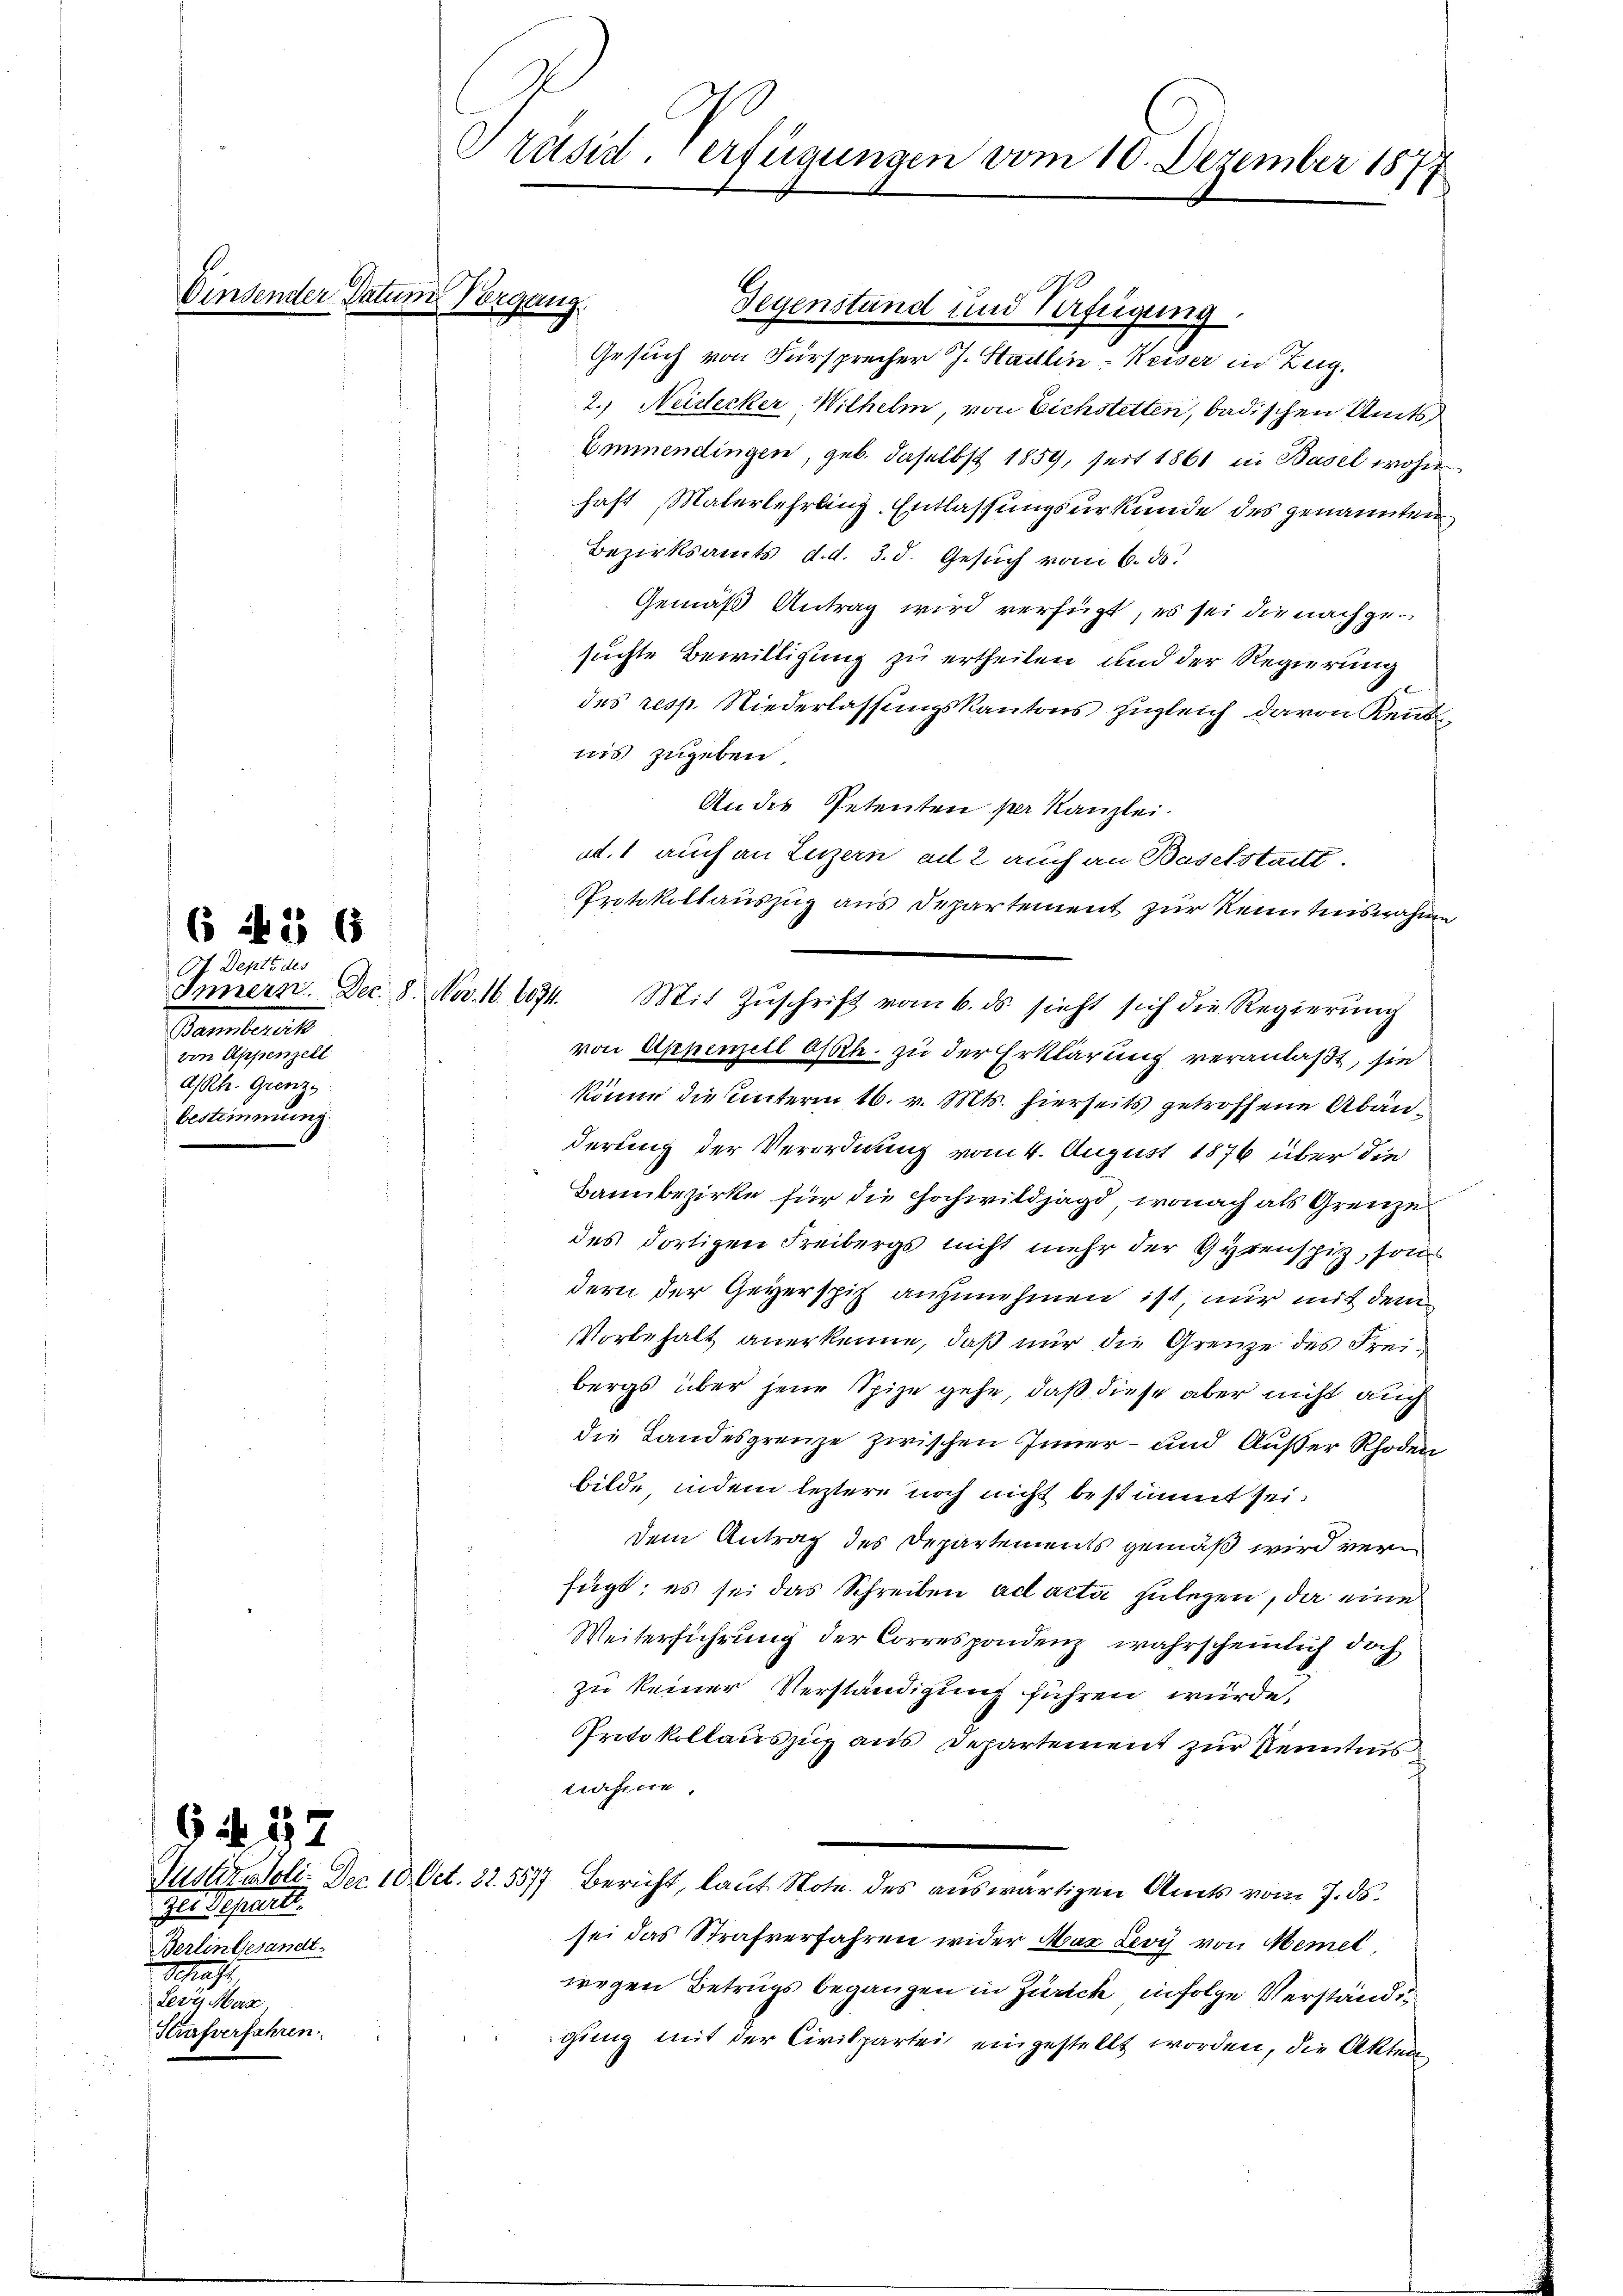
Am

0f Deptt des
Sambereit
von Appenzell
dh. Grenz
bestimmung

6 § 65

6 d. 157
zur Depart.
Berlingesandt.
Schacht,
Levii Mar
Strafverfahren

in Datum Vorgang.

Präsid. Verfügungen vom 10. Dezember 1877

A
Gegenstand und Verfügung
Gesuch von Fürsprecher J. Stadlin-Keiser in Zug.
2. Neidecker, Wilhelm, von Eichstetten, badischen Amts
Commendingen, geb. daselbst 1859, seit 1861 in Basel wohne
haft, Materlehrling. Entlassungsurkunde des genannten
Bezirksamts, d. d. 3. d. Gesuch vom 6. ds.
Gemäß Antrag wird verfügt, es sei die nachgesuchte Bewilligung zu ertheilen und der Regierung
des resp. Niederlassungskantons zugleich davon Rentnis zugeben.
An des Petenten per Kanzlei.
ed. 1 auch an Luzern ad 2 auch an Baselstadt.
Protokollauszug aus Departement zur Kenntnisnahme
von Appenzell Ossin, zu der Erklärung veranlaßt, sie
könne die Unterm 16. v. Mts. hierseits getroffene Abänderung der Verordnung vom 4. August 1876 über die
Bannbezirke für die Hochwildjagd, wonach als Grenze
des dortigen Freibergs nicht mehr der Gyrenspiz, sons
dern der Geverspiz anzunehmen ist, nur mit dem
Vorbehalt anerkenne, daß nur die Grenze des Freibergs über jene Spize gehe, daß diese aber nicht auch
die Landesgrenze zwischen Inner- und Außer Rhoden
bilde, indem leztere noch nicht bestimmt sei.
dem Antrag des Departements gemäß wird verfügt: es sei das Schreiben ad acta zulegen, da eine
Weiterführung der Correspondenz, wahrscheinlich doch
zu keiner Verständigung führen würde,
Protokollauszug aus Departement zur Kenntnis
trafen.
Justizadoli. Dec. 10. Oct. 82. 5577. Bericht, laut Note des auswärtigen Amts vom 7. ds.
sei das Strafverfahren wider Max Levy von Memel
wegen Betrugs begangen in Zürich infolge Verstände
gung mit der Civilpartei eingestellt worden, die Akten

Innern. Dec. 8. Nov. 16. 6074. Mit Zŭschrift vom 6. ds. sieht sich die Regierŭng